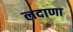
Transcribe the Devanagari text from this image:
लदाणा